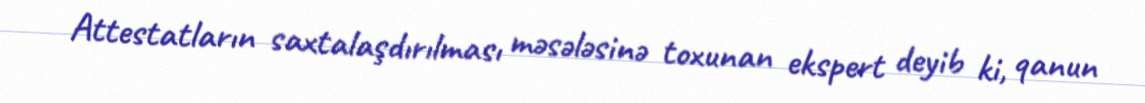
Attestatların saxtalaşdırılması məsələsinə toxunan ekspert deyib ki, qanun